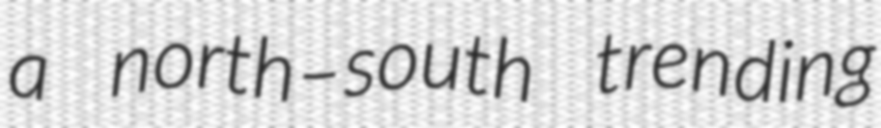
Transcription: a north–south trending